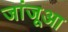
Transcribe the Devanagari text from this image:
जांजूआ